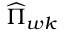
\widehat { \Pi } _ { w k }